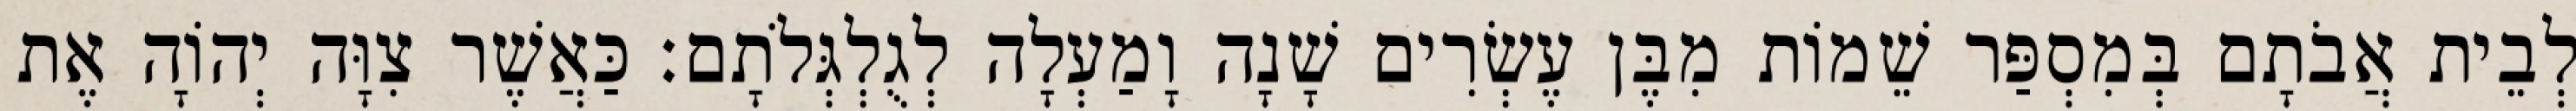
לְבֵית אֲבֹתָם בְּמִסְפַּר שֵׁמוֹת מִבֶּן עֶשְׂרִים שָׁנָה וָמַעְלָה לְגֻלְגְּלֹתָם׃ כַּאֲשֶׁר צִוָּה יְהוָֹה אֶת